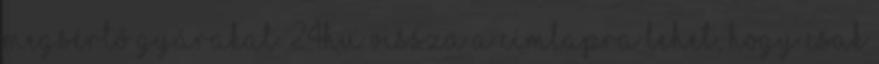
megsértő gyárakat. 24hu vissza a címlapra Lehet, hogy csak